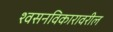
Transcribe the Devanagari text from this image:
श्वसनविकारावरील